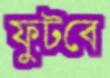
ফুটবে